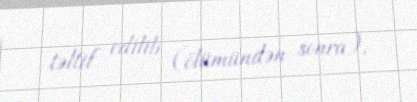
təltif edilib (ölümündən sonra).